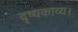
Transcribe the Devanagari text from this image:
दृष्यकाव्य।